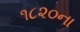
૧૮૨૦ના